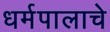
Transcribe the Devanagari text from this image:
धर्मपालाचे